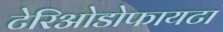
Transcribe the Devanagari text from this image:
टेरिओडोफायटा